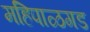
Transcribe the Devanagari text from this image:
महिपाळगड